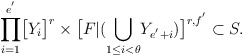
\begin{align*}\displaystyle{\prod_{i=1}^{e^{'}}}\big{[}Y_i\big{]}^{r}\times \big{[}F|(\displaystyle{\bigcup_{1\leq i<\theta}}Y_{e^{'}+i})\big{]}^{r,f^{'}}\subset S.\end{align*}